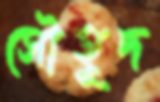
সৌহূদ